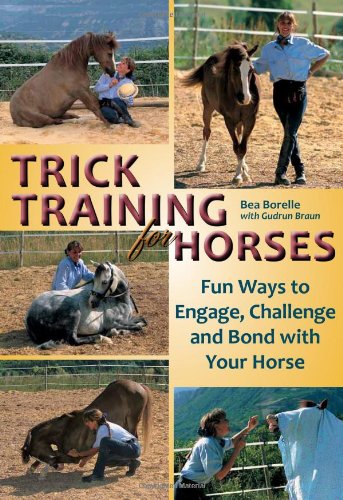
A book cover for Trick Training for Horses: Fun Ways to Engage, Challenge, and Bond with Your Horse; Bea Borelle; Crafts, Hobbies & Home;